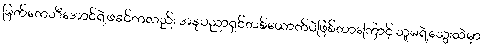
မြတ်ကေသီအောင်ရဲ့ဖခင်ကလည်း အနုပညာရှင်တစ်ယောက်ပဲဖြစ်တာကြောင့် သူမရဲ့သွေးထဲမှာ